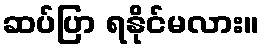
ဆပ်ပြာ ရနိုင်မလား။